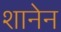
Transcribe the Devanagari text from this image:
शानेन